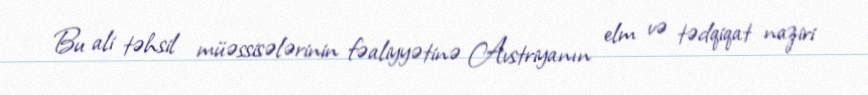
Bu ali təhsil müəssisələrinin fəaliyyətinə Avstriyanın elm və tədqiqat naziri